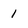
Character: 1